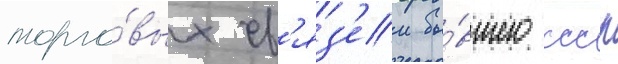
торго́вых св'яз'еи бы́вшего ссср